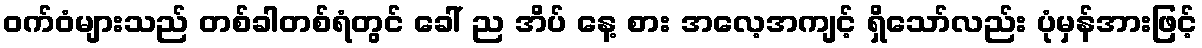
ဝက်ဝံများသည် တစ်ခါတစ်ရံတွင် ခေါ် ည အိပ် နေ့ စား အလေ့အကျင့် ရှိသော်လည်း ပုံမှန်အားဖြင့်